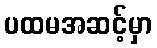
ပထမအဆင့်မှာ